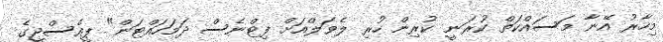
މިހާރު އޭނާ މަސައްކަތް ކުރަނީ ކުރިން ހުރި ލެވަލްއަށް ފިޓްނެސް ދަމަހައްޓަން" ޕީއެސްޖީގެ